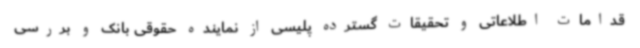
قدامات اطلاعاتی و تحقیقات گسترده پلیسی از نماینده حقوقی بانک و بررسی